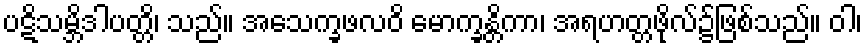
ပဋိသမ္ဘိဒါပတ္တိ၊ သည်။ အသေက္ခဖလဝိ မောက္ခန္တိကာ၊ အရဟတ္တဖိုလ်၌ဖြစ်သည်။ ဝါ၊